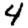
Digit: 4